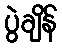
ပွဲချိန်